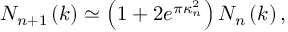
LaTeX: N _ { n + 1 } \left( k \right) \simeq \left( 1 + 2 e ^ { \pi \kappa _ { n } ^ { 2 } } \right) N _ { n } \left( k \right) ,